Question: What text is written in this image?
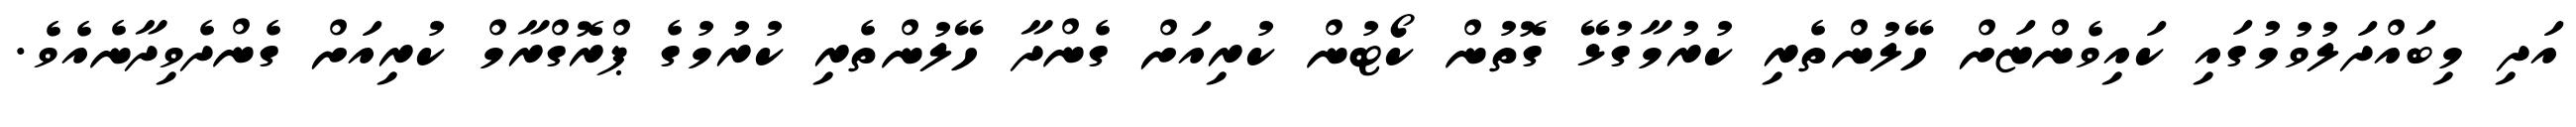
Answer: އަދި މިބައްދަލުވުމުގައި ކައިވެންޏަށް ހޭލުންތެރި ކުރުމާގުޅޭ ގޮތުން ކޯޓުން ކުރިއަށް ގެންދާ ހޭލުންތެރި ކުރުމުގެ ޕްރޮގްރާމް ކުރިއަށް ގެންދެވިދާނެއެވެ.